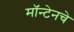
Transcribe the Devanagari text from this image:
मॉन्टेनचे